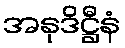
အနုဒိဋ္ဌီနံ